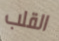
القلب